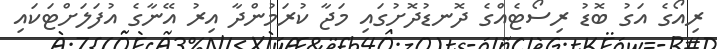
ރިއޯގެ އަގު ބޮޑު ރިސޯޓެއްގެ ދޮނޑުދޮށުގައި މަޖާ ކުރަމުންދާ އިރު އޭނާގެ އުފަލަށްޓަކައި